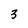
Character: 3